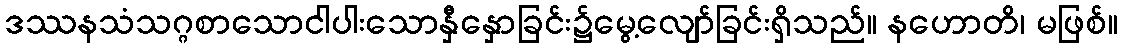
ဒဿနသံသဂ္ဂစာသောငါပါးသောနှီနှောခြင်း၌မွေ့လျော်ခြင်းရှိသည်။ နဟောတိ၊ မဖြစ်။